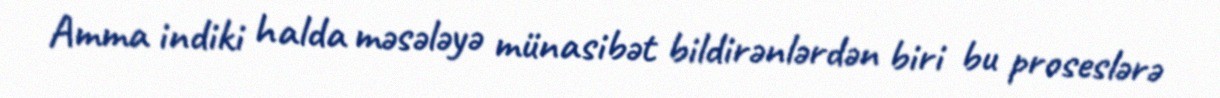
Amma indiki halda məsələyə münasibət bildirənlərdən biri bu proseslərə